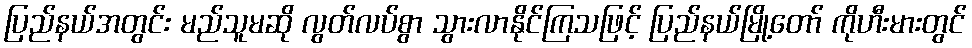
ပြည်နယ်အတွင်း မည်သူမဆို လွတ်လပ်စွာ သွားလာနိုင်ကြသဖြင့် ပြည်နယ်မြို့တော် ကိုဟီးမားတွင်